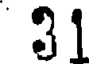
31